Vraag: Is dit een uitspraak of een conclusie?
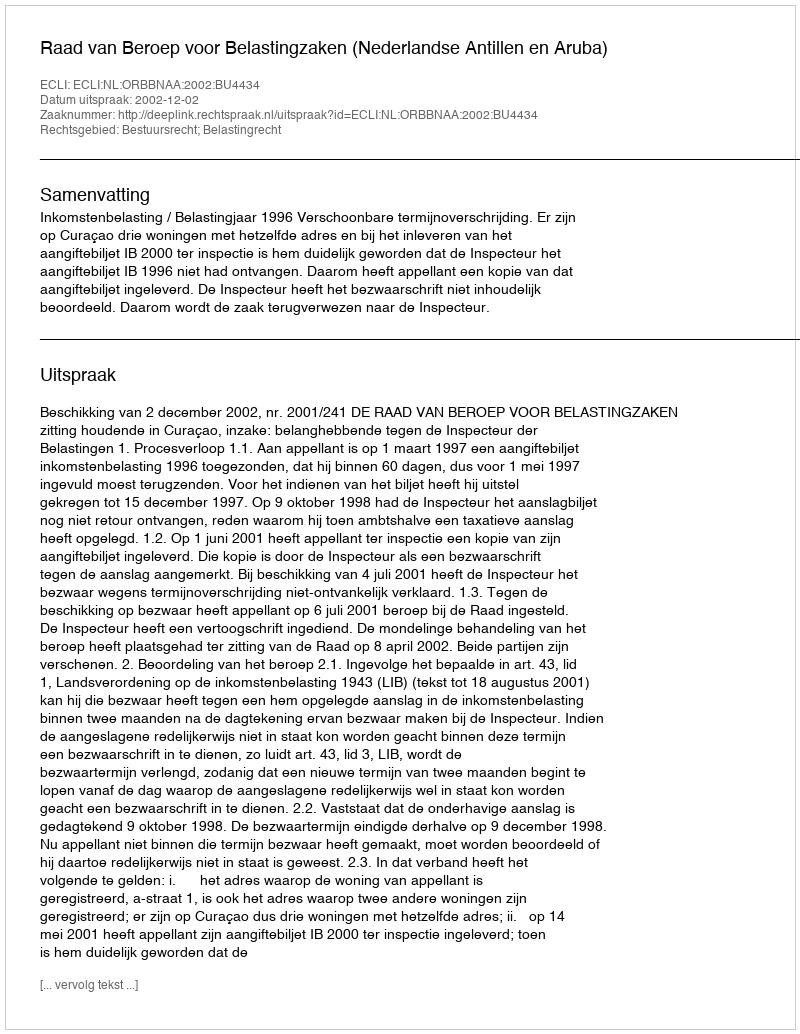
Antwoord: Uitspraak